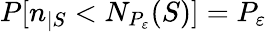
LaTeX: P[n_{|S}<N_{P_{\varepsilon}}(S)]=P_{\varepsilon}